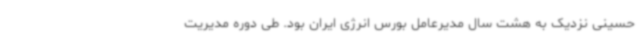
حسینی نزدیک به هشت سال مدیرعامل بورس انرژی ایران بود. طی دوره مدیریت